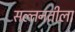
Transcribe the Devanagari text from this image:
सल्तनतीला